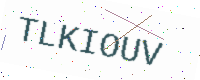
Text: TLKIOUV